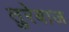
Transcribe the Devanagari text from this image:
तुरेबाज